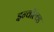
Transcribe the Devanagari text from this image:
इन्वॉल्व्ड